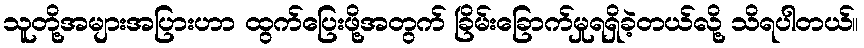
သူတို့အများအပြားဟာ ထွက်ပြေးဖို့အတွက် ခြိမ်းခြောက်မှုရရှိခဲ့တယ်လို့ သိရပါတယ်။